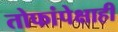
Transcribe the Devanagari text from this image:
तोफांपेक्षाही